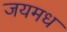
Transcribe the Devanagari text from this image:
जयमध